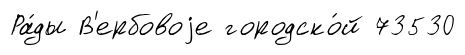
Ра́ды В'ербовоjе городско́й 73530